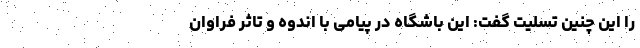
را این چنین تسلیت گفت: این باشگاه در پیامی با اندوه و تاثر فراوان